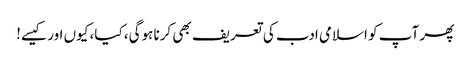
پھر آپ کو اسلامی ادب کی تعریف بھی کرنا ہوگی، کیا، کیوں اور کیسے!